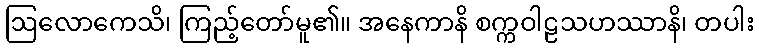
ဩလောကေသိ၊ ကြည့်တော်မူ၏။ အနေကာနိ စက္ကဝါဠသဟဿာနိ၊ တပါး